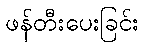
ဖန်တီးပေးခြင်း